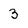
Character: 3